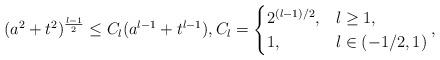
LaTeX: \begin{align*}(a^2 + t^2)^{\frac{l-1}{2}} \le C_l ( a^{l-1} + t^{l-1}),C_l = \begin{cases} 2^{(l-1)/2}, & l\ge 1, \\ 1, & l\in(-1/2,1) \end{cases},\end{align*}